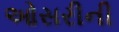
ઓસરીની